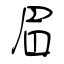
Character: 眉